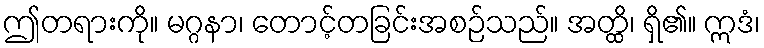
ဤတရားကို။ မဂ္ဂနာ၊ တောင့်တခြင်းအစဉ်သည်။ အတ္ထိ၊ ရှိ၏။ ဣဒံ၊